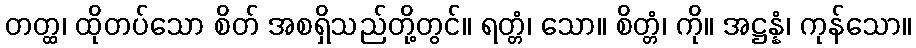
တတ္ထ၊ ထိုတပ်သော စိတ် အစရှိသည်တို့တွင်။ ရတ္တံ၊ သော။ စိတ္တံ၊ ကို။ အဋ္ဌန္နံ၊ ကုန်သော။